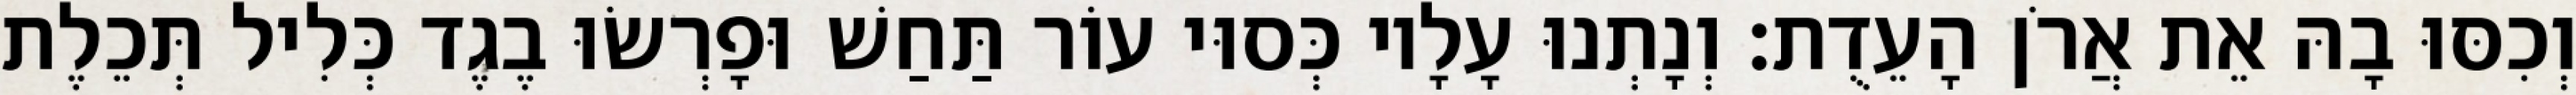
וְכִסּוּ בָהּ אֵת אֲרֹן הָעֵדֻת׃ וְנָתְנוּ עָלָיו כְּסוּי עוֹר תַּחַשׁ וּפָרְשׂוּ בֶגֶד כְּלִיל תְּכֵלֶת